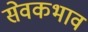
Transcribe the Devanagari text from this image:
सेवकभाव